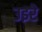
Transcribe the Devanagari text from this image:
उइरे